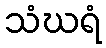
သံဃရံ